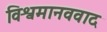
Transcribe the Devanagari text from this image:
विश्वमानववाद